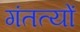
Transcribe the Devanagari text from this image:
गंतत्‍यों